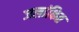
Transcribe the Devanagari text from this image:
जलांकित